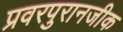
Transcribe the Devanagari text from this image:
प्रवरपुरानजीक